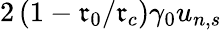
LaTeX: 2\left(1-\mathfrak{r}_{0}/\mathfrak{r}_{c}\right)\gamma_{0}u_{n,s}